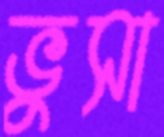
ভুসা